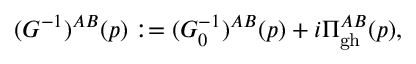
( G ^ { - 1 } ) ^ { A B } ( p ) : = ( G _ { 0 } ^ { - 1 } ) ^ { A B } ( p ) + i \Pi _ { \mathrm { g h } } ^ { A B } ( p ) ,